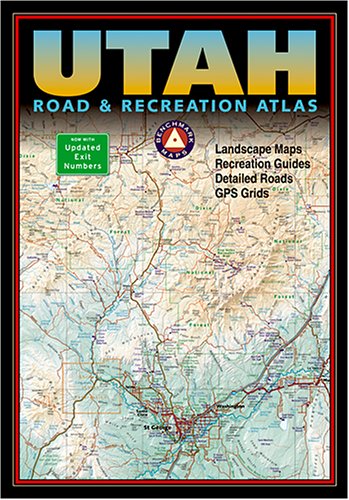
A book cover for Benchmark Utah Road & Recreation Atlas - Third edition (Benchmark Map: Utah Road & Recreation Atlas); Benchmark; Travel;